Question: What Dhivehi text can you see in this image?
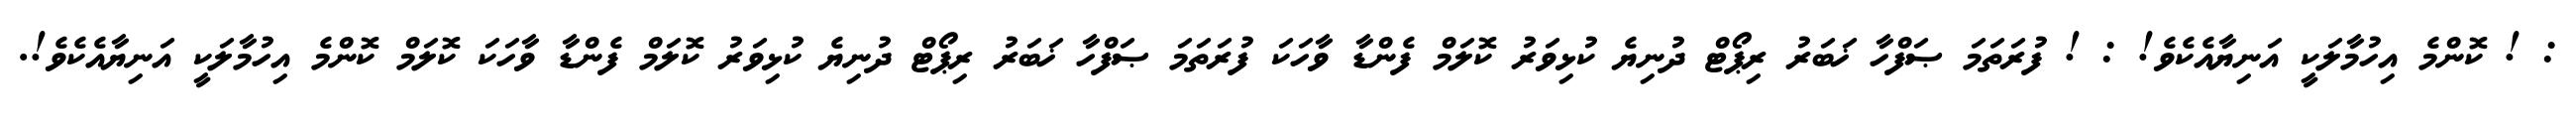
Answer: : ! ކޮންމެ އިހުމާލަކީ އަނިޔާއެކެވެ! : ! ފުރަތަމަ ޞަފްހާ ޚަބަރު ރިޕޯޓް ދުނިޔެ ކުޅިވަރު ކޮލަމް ފެންޑާ ވާހަކަ ފުރަތަމަ ޞަފްހާ ޚަބަރު ރިޕޯޓް ދުނިޔެ ކުޅިވަރު ކޮލަމް ފެންޑާ ވާހަކަ ކޮލަމް ކޮންމެ އިހުމާލަކީ އަނިޔާއެކެވެ!.